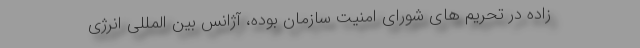
زاده در تحریم های شورای امنیت سازمان بوده، آژانس بین المللی انرژی